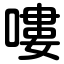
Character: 嘍